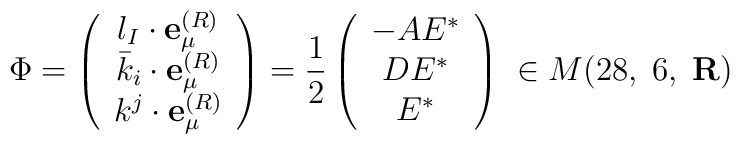
{\Phi}= \left( \begin{array}{c}l_{I} \cdot {\bf e}_{\mu}^{(R)}\\{\bar k}_{i} \cdot {\bf e}_{\mu}^{(R)}\\k^{j} \cdot {\bf e}_{\mu}^{(R)} \end{array} \right)= {\frac{1}{2}} \left( \begin{array}{c}- A E^{*}\\DE^{*}\\E^{*}\end{array}\right)\; \in M(28,\;6,\;{\bf R})